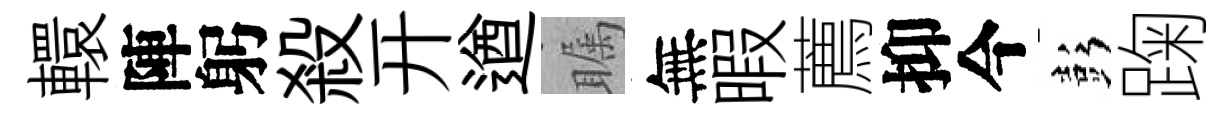
轘陣躬殺开遒瞩無暇薦抑今彭踘